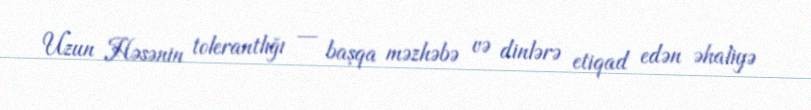
Uzun Həsənin tolerantlığı — başqa məzhəbə və dinlərə etiqad edən əhaliyə